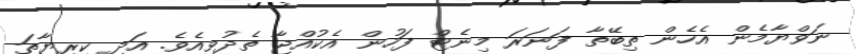
ނަވްޔާމެން އެހެން ތިބޭތާ ފަނަރަ މިނެޓް ފަހުން އެކުއްޖާ ތެދުވިއެވެ. އަދި ކިރިޔާތަ